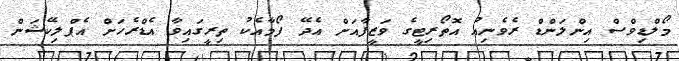
މޯލްޑިވްސް އިންލަންޑް ރެވެނިއު އޮތޯރިޓީގެ ވަޒީފާއަށް އެދޭ ފޯމާއެކު ތިރީގައިވާ އެޑްރެހަށް އެޕްލިކޭޝަން